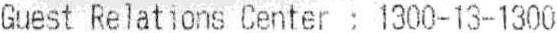
GUEST RELATIONS CENTER : 1300-13-1300